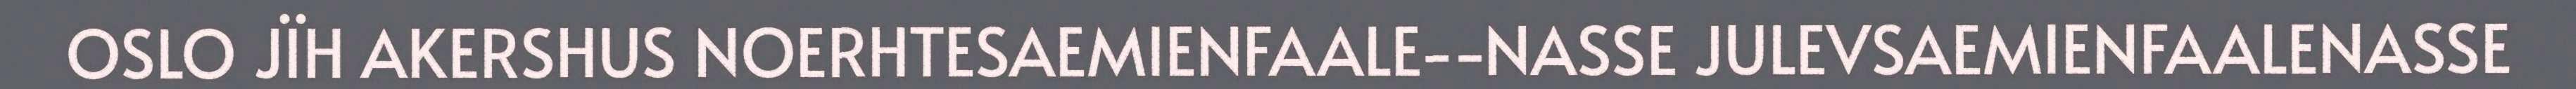
OSLO JÏH AKERSHUS NOERHTESAEMIENFAALE-‐NASSE JULEVSAEMIENFAALENASSE